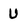
Character: U